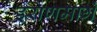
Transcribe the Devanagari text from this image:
इराणमार्गे